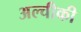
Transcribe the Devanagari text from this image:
अल्चीकी